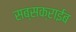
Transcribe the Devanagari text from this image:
सब्सक्राईब